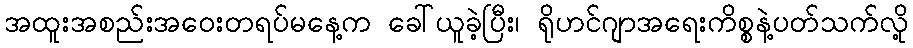
အထူးအစည်းအဝေးတရပ်မနေ့က ခေါ်ယူခဲ့ပြီး၊ ရိုဟင်ဂျာအရေးကိစ္စနဲ့ပတ်သက်လို့